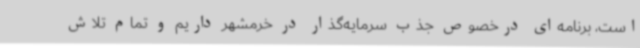
است، برنامه‌ای درخصوص جذب سرمایه‌گذار در خرمشهر داریم و تمام تلاش